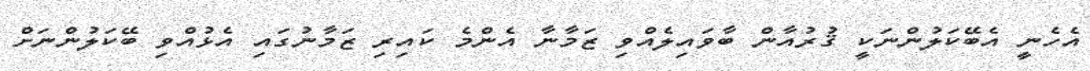
އެހެނީ އެބޭކަލުންނަކީ ޤުރުއާން ބާވައިލެއްވި ޒަމާނާ އެންމެ ކައިރި ޒަމާނުގައި އެޅުއްވި ބޭކަލުންނަށް